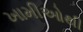
ખામીઓથી